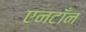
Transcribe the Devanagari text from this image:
एनटाँन